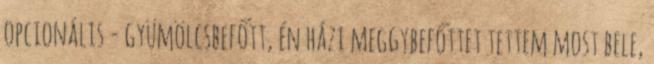
opcionális - gyümölcsbefőtt, én házi meggybefőttet tettem most bele,